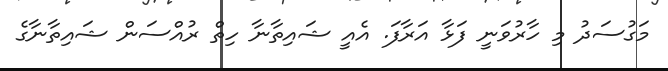
މަގުސަދު މި ހާރުވަނީ ފަޅާ އަރާފަ. އެއީ ޝައިތާނާ ހިތް ރުއްސަން ޝައިތާނާގެ